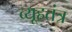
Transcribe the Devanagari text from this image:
व्यूहतंत्र